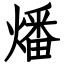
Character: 燔